Annual administration report of the Civil Veterinary Department of India - 1905-1906
Year: 1905
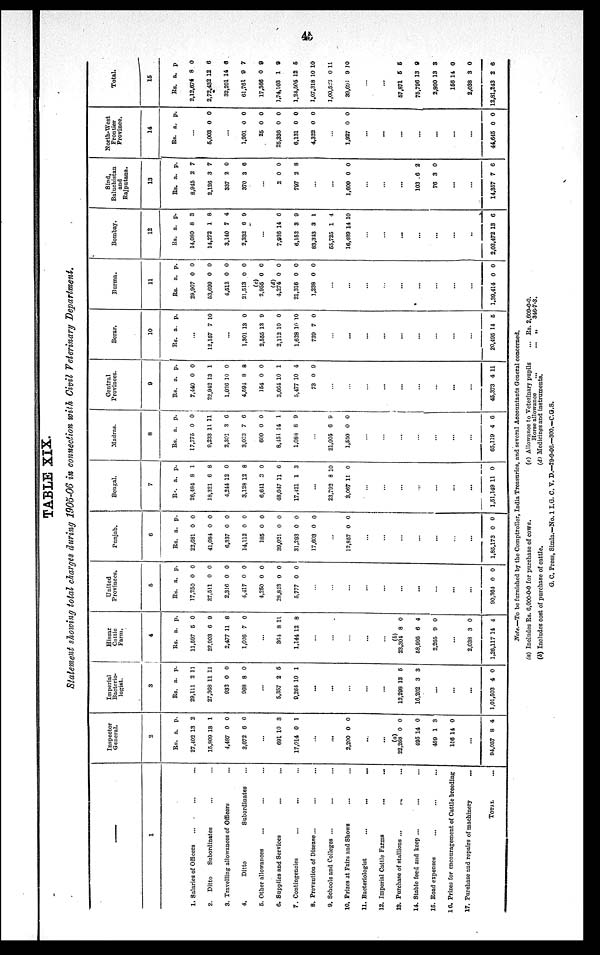
45
TABLE XIX.
Statement showing total charges during 1905-06 in connection with Civil Veterinary Department.
—
1
1, Salaries of Officers ... ... ...
2.
Ditto
Subordinates ... ...
3. Travelling allowances of Officers ...
4.
Ditto
Subordinates ...
5. Other allowances ... ... ...
6. Supplies and Services ... ...
7. Contingencies ... ... ...
8. Prevention of Disease... ... ...
9. Schools and Colleges ... ... ...
10. Prizes at Fairs and Shows ... ...
11. Bacteriologist
...
...
...
12. Imperial Cattle Farms ... ...
13. Purchase of stallions ...
...
...
14. Stable feed and keep ... ... ...
15. Road expenses ... ... ...
16. Prizes for encouragement of Cattle breeding
17. Purchase and repairs of machinery ...
TOTAL ...
Inspector
General.
2
Rs.
27,402
15,809
4,487
3,072
...
691
17,014
...
...
2,200
...
...
(a)
22,268
495
459
156
...
94,057
a.
13
18
0
6
10
0
0
0
14
1
14
8
p.
2
1
0
6
3
1
0
0
0
3
0
4
Imperial
Bacterio-
logist.
3
Rs.
29,111
27,368
933
968
...
5,357
9,264
...
...
...
...
...
12,293
16,202
...
...
...
1,01,503
a.
2
11
0
8
2
10
13
3
4
p.
11
11
0
0
5
1
5
3
0
Hissar
Cattle
Farm.
4
Rs.
11,597
22,003
2,477
1,026
...
364
1,144
...
...
...
...
...
(4)
23,304
58,995
2,265
...
2,638
1,26,117
a.
5
6
11
7
8
12
8
6
9
3
14
p.
0
9
8
0
11
8
0
4
0
0
4
United
Provinces.
5
Rs.
17,250
27,511
2,316
4,417
4,250
28,843
5,777
...
...
...
...
...
...
...
...
...
90,364
a.
0
0
0
0
0
0
0
0
p.
0
0
0
0
0
0
0
0
Punjab.
6
Rs.
22,681
41,084
6,337
14,112
185
39,021
31,293
17,603
...
12,857
...
...
...
...
...
...
...
1,85,173
a.
0
0
0
0
0
0
0
0
0
0
p.
0
0
0
0
0
0
0
0
0
0
Bengal.
7
Rs.
26,484
18,321
4,244
3,128
6,611
48,047
17,421
...
23,792
3,067
...
...
...
...
...
...
...
1,51,149
a.
8
6
12
12
3
11
1
8
11
11
p.
1
8
0
8
0
6
3
10
0
0
Madras.
8
Rs.
17,775
9,233
2,301
3,023
600
8,451
1,088
...
21,005
1,550
...
...
...
...
...
...
...
65,119
a.
0
11
3
7
0
14
8
6
0
4
p.
0
11
0
6
0
1
9
9
0
6
Central
Provinces.
9
Rs.
7,440
22,942
1,026
4,594
154
3,664
5,477
73
...
...
...
...
...
...
...
...
...
45,373
a.
0
13
10
8
0
10
10
0
4
p.
0
1
0
8
0
1
4
9
11
Berar.
10
Rs.
...
12,157
...
1,301
2,555
2,112
1,628
739
...
...
...
...
...
...
...
...
...
20,495
a.
7
13
13
10
10
7
14
p.
10
0
9
0
10
0
6
Burma.
11
Rs.
29,907
53,699
4,512
21,513
(c)
2,955
(d)
4,274
21,316
1,238
...
...
...
...
...
...
...
...
...
1,39,414
a.
0
0
0
0
0
0
0
0
0
p.
0
0
0
0
0
0
0
0
0
Bombay.
12
Rs.
14,080
14,272
3,140
2,332
...
7,936
6,152
83,343
55,725
16,489
...
...
...
...
...
...
...
2,03,472
a.
8
1
7
6
14
3
3
1
14
13
p.
3
8
4
9
6
9
1
4
10
6
Sind
Baluchistan
and
Rajputana.
13
Rs.
8,945
2,126
337
370
...
2
797
...
...
1,600
...
...
...
103
76
...
...
14,357
a.
2
3
2
3
0
2
0
6
3
7
p.
7
7
0
6
0
8
0
2
0
6
North-West
Frontier
Province.
14
Rs.
...
5,003
...
1,901
25
25,336
6,131
4,322
...
1,927
...
...
...
...
...
...
...
44,645
a.
0
0
0
0
0
0
0
0
p.
0
0
0
0
0
0
0
0
Total.
15
Rs.
2,12,674
2,72,432
32,201
61,761
17,366
1,74,103
1,24,505
1,07,318
1,00,523
39,691
...
...
57,871
75,796
2,800
166
2,038
12,81,243
a.
8
12
14
9
0
1
12
10
0
9
6
13
13
14
3
2
p
0
6
8
7
9
9
6
10
11
10
5
9
3
0
0
6
Note.—To be furnished by the Comptroller, India Treasuries, and several Accountants General concerned.
(a) Includes Rs. 6,000-0-0 for purchase of cows.
(b) Includes cost of purchase of cattle.
(c) Allowance to Veterinary pupils
Horse allowance ...
(d) Medicines and instruments.
... Rs. 2,609-0-0.
...
„
346-7-3.
G. C. Press, Simla.—No. 1 I.G. C. V. D.—29-9-06.—300.-C.G.S.